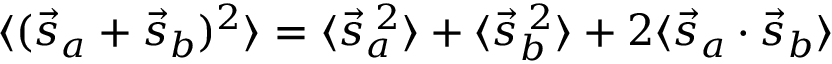
\langle ( { \vec { s } } _ { a } + { \vec { s } } _ { b } ) ^ { 2 } \rangle = \langle { \vec { s } } _ { a } ^ { \; 2 } \rangle + \langle { \vec { s } } _ { b } ^ { \; 2 } \rangle + 2 \langle { \vec { s } } _ { a } \cdot { \vec { s } } _ { b } \rangle